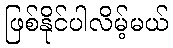
ဖြစ်နိုင်ပါလိမ့်မယ်